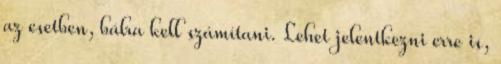
az esetben, bálra kell számítani. Lehet jelentkezni erre is,